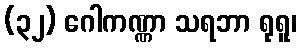
(၃၂) ဂေါကဏ္ဏာ သရဘာ ရုရူ၊